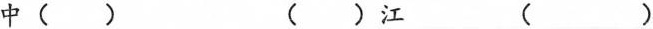
中 () () 江 ()